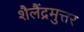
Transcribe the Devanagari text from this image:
शैलैंद्रमुत्तर